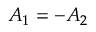
A _ { 1 } = - A _ { 2 }